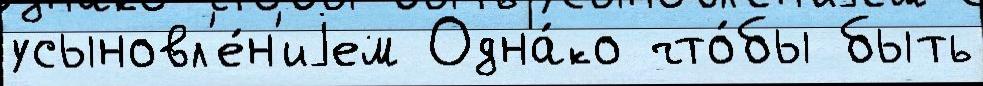
усыновл'е́н'иjем Одна́ко что́бы быть